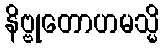
နိဗ္ဗုတောဟမသ္မိ